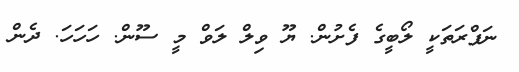
ނަފްރަތަކީ ލޯބީގެ ފެށުން. ޔޫ ވިލް ލަވް މީ ސޫން. ހަހަހަ. ދެން